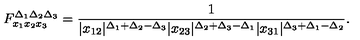
F _ { x _ { 1 } x _ { 2 } x _ { 3 } } ^ { \Delta _ { 1 } \Delta _ { 2 } \Delta _ { 3 } } = \frac { 1 } { | x _ { 1 2 } | ^ { \Delta _ { 1 } + \Delta _ { 2 } - \Delta _ { 3 } } | x _ { 2 3 } | ^ { \Delta _ { 2 } + \Delta _ { 3 } - \Delta _ { 1 } } | x _ { 3 1 } | ^ { \Delta _ { 3 } + \Delta _ { 1 } - \Delta _ { 2 } } } .